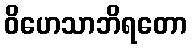
ဝိဟေသာဘိရတော